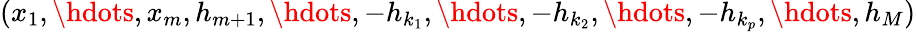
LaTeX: (x_{1},\hdots,x_{m},h_{m+1},\hdots,-h_{k_{1}},\hdots,-h_{k_{2}},\hdots,-h_{k_{p}},\hdots,h_{M})